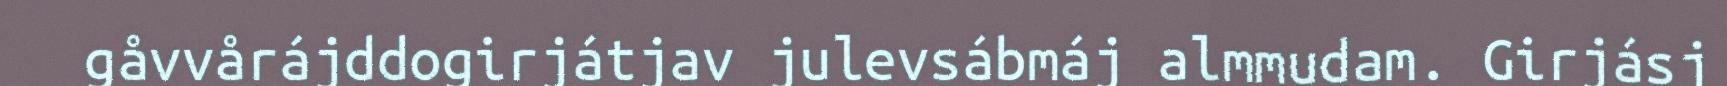
gåvvårájddogirjátjav julevsábmáj almmudam. Girjásj